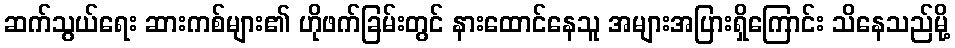
ဆက်သွယ်ရေး ဆားကစ်များ၏ ဟိုဖက်ခြမ်းတွင် နားထောင်နေသူ အများအပြားရှိကြောင်း သိနေသည်မို့